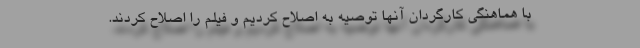
با هماهنگی کارگردان آنها توصیه به اصلاح کردیم و فیلم را اصلاح کردند.